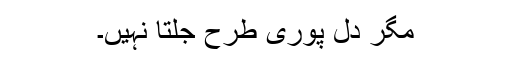
مگر دل پوری طرح جلتا نہیں۔